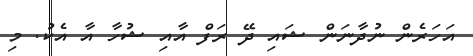
އަހަރެން ނުދާނަން ޝައި ދޭ ރަފް އާއި ޝުހާ އާ އެކު. މި